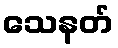
သေနတ်